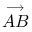
\stackrel { \longrightarrow } { A B }